Vaccination North-Western Provinces 1866-1877 - 1866-1877
Year: 1866
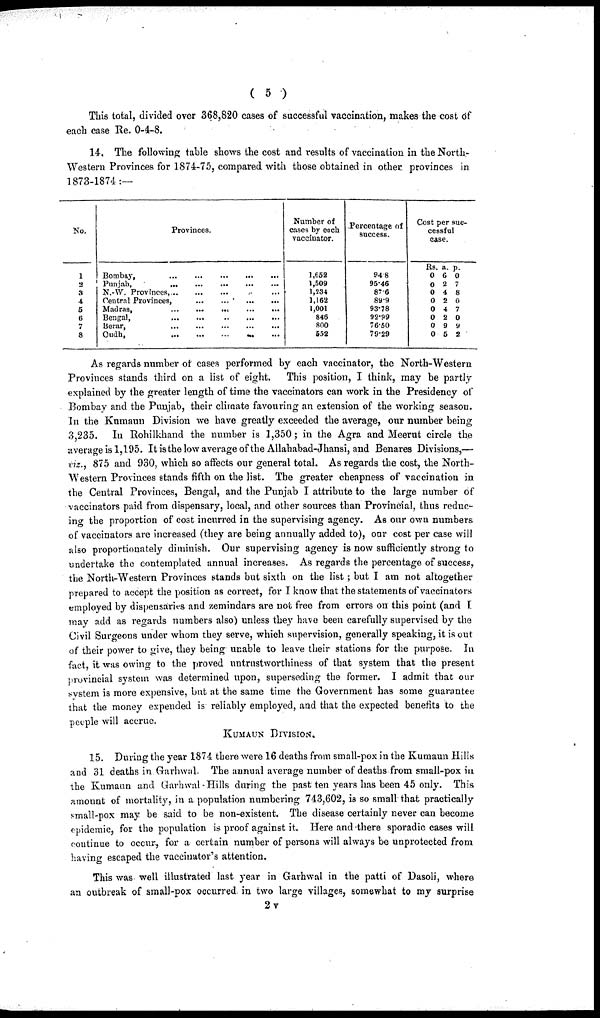
( 5 )
This total, divided over 368,820 cases of successful vaccination, makes the cost of
each case Re. 0-4-8.
14. The following table shows the cost and results of vaccination in the North¬
Western Provinces for 1874-75, compared with those obtained in other provinces in
1873-1874:—
No.
1
2
3
4
5
6
7
8
Provinces.
Bombay,
...
...
...
...
...
Punjab,
...
...
...
...
...
N.-W. Provinces, ... ... ... ... ...
Central Provinces,
...
...
...
...
...
Madras, ... ... ... ... ...
Bengal, ... ... ... ... ...
Berar,
...
...
...
...
...
Oudh,
...
...
...
...
...
Number of
cases by each
vaccinator.
1,652
1,509
1,234
1,162
1,001
846
800
552
Percentage of
success.
94.8
95.46
87.6
89.9
93.78
92.99
76.50
79.29
Cost per suc-
cessful
case.
Rs.
0
0
0
0
0
0
0
0
a.
6
2
4
2
4
2
9
5
p.
0
7
8
0
7
0
9
2
As regards number of cases performed by each vaccinator, the North-Western
Provinces stands third on a list of eight.
This position, I think, may be partly
explained by the greater length of time the vaccinators can work in the Presidency of
Bombay and the Punjab, their climate favouring an extension of the working season.
In the Kumaun Division we have greatly exceeded the average, our number being
3,235. In Rohilkhand the number is 1,350; in the Agra and Meerut circle the
average is 1,195. It is the low average of the Allahabad-Jhansi, and Benares Divisions,—
viz., 875 and 930, which so affects our general total. As regards the cost, the North¬
Western Provinces stands fifth on the list. The greater cheapness of vaccination in
the Central Provinces, Bengal, and the Punjab I attribute to the large number of
vaccinators paid from dispensary, local, and other sources than Provincial, thus reduc-
ing the proportion of cost incurred in the supervising agency. As our own numbers
of vaccinators are increased (they are being annually added to), our cost per case will
also proportionately diminish. Our supervising agency is now sufficiently strong to
undertake the contemplated annual increases. As regards the percentage of success,
the North-Western Provinces stands but sixth on the list; but I am not altogether
prepared to accept the position as correct, for I know that the statements of vaccinators
employed by dispensaries and zemindars are not free from errors on this point (and I
may add as regards numbers also) unless they have been carefully supervised by the
Civil Surgeons under whom they serve, which supervision, generally speaking, it is out
of their power to give, they being unable to leave their stations for the purpose. In
fact, it was owing to the proved untrustworthiness of that system that the present
provincial system was determined upon, superseding the former. I admit that our
system is more expensive, but at the same time the Government has some guarantee
that the money expended is reliably employed, and that the expected benefits to the
people will accrue.
KUMAUN DIVISION.
15. During the year 1874 there were 16 deaths from small-pox in the Kumaun Hills
and 31 deaths in Garhwal. The annual average number of deaths from small-pox in
the Kumaun and Garhwal Hills during the past ten years has been 45 only. This
amount of mortality, in a population numbering 743,602, is so small that practically
small-pox may be said to be non-existent. The disease certainly never can become
epidemic, for the population is proof against it. Here and there sporadic cases will
continue to occur, for a certain number of persons will always be unprotected from
having escaped the vaccinator's attention.
This was well illustrated last year in Garhwal in the patti of Dasoli, where
an outbreak of small-pox occurred in two large villages, somewhat to my surprise
2v